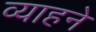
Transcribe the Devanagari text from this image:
व्याहने